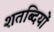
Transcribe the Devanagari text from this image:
शतब्दियों